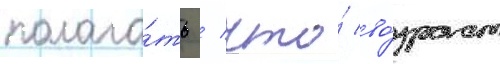
полага́ть / что́ во́зраст